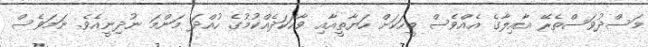
މަސްދުވަސްތެރޭ އާއިލާގެ އެއްވެސް މީހަކަށް ހަޔާތީއާއި ވާހަކަދެއްކުމުގެ ހުއްދަ މަންމަ ނުދިނީއެވެ. ނަމަވެސް